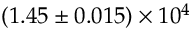
( 1 . 4 5 \pm 0 . 0 1 5 ) \times 1 0 ^ { 4 }